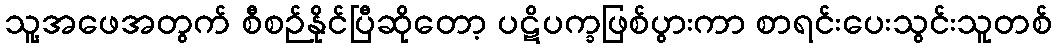
သူ့အဖေအတွက် စီစဉ်နိုင်ပြီဆိုတော့ ပဋိပက္ခဖြစ်ပွားကာ စာရင်းပေးသွင်းသူတစ်